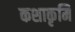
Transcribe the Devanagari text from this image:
कशाकृमि